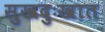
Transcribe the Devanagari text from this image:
सुखदुःखात